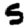
Digit: 5